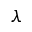
\lambda